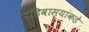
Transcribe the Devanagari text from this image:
रहिवास्यांकडे